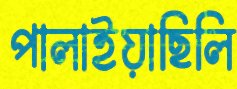
পালাইয়াছিলি